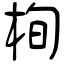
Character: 栒